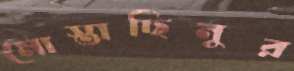
মোস্তাছিনুর